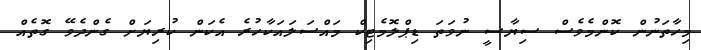
މިހާތަނުން ކޮންމެވެސް ސިޔާސީ ނުވަތަ ޑިޕްލޮމެޓިކް މައްސަލައަކާހުރެ އެކަން ކުރިޔަށް ގެންދެވޭ ގޮތެއް